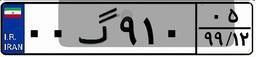
۰۰گ۹۱۰۰۵